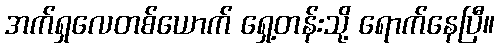
အက်ရှလေတစ်ယောက် ရှေ့တန်းသို့ ရောက်နေပြီ။